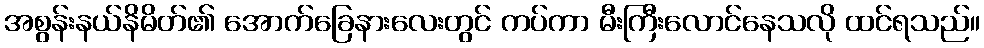
အစွန်းနယ်နိမိတ်၏ အောက်ခြေနားလေးတွင် ကပ်ကာ မီးကြီးလောင်နေသလို ထင်ရသည်။